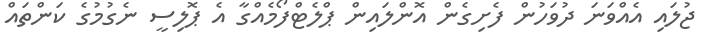
ޖުލައި އެއްވަނަ ދުވަހުން ފެށިގެން އޮންލައިން ޕްލެޓްފޯމެއްގާ އެ ޕޮލިސީ ނެގުމުގެ ކަންތައް